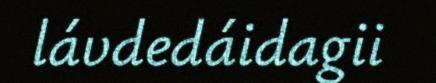
lávdedáidagii